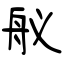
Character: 舣